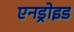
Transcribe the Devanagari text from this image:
एनड्रोइड